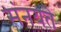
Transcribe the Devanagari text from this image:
संनयते